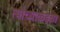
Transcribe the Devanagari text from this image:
त्यांच्याकडचा